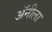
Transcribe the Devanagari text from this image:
अॅनीला